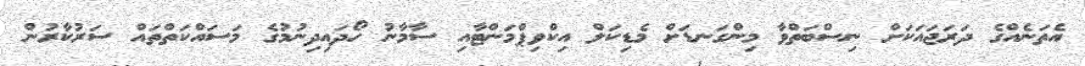
އެތަނެއްގެ ދަރަޖައަކަށް ނިސްބަތްވާ މިންގަނޑަށް މެޑިކަލް އިކްވިޕްމަންޓާއި ސާމާނު ހޯދައިދިނުމުގެ މަސައްކަތްތައް ސަރުކާރުން